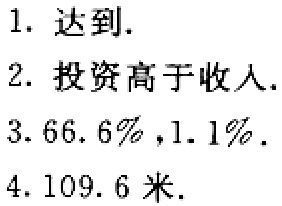
1. 达到.

2. 投资高于收入.

3. \(66.6\%,1.1\%\).

4. \(109.6\)米.